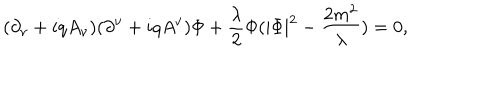
( \partial _ { \nu } + i q A _ { \nu } ) ( \partial ^ { \nu } + i q A ^ { \nu } ) \Phi + \frac { \lambda } { 2 } \Phi ( | \Phi | ^ { 2 } - \frac { 2 m ^ { 2 } } { \lambda } ) = 0 ,